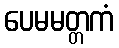
ပေမမတ္တကံ